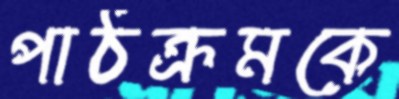
পাঠক্রমকে